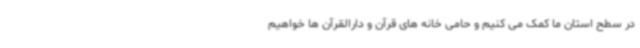
در سطح استان ما کمک می کنیم و حامی خانه های قرآن و دارالقرآن ها خواهیم